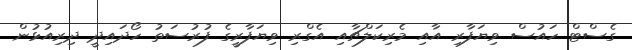
ގެސްޓް ހައުސް ވިޔަފާރި އާއި މެރިކަލްޗާއި އެގްރި ވިޔަފާރީގެ ފުރުސަތު ހޯދައިދީ ދިރިއުޅުން